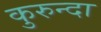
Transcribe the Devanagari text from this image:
कुरुन्दा